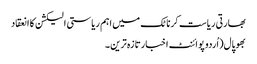
بھارتی ریاست کرناٹک میں اہم ریاستی الیکشن کا انعقاد
بھوپال(اُردو پوائنٹ اخبارتازہ ترین۔